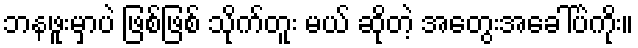
ဘနဖူးမှာပဲ ဖြစ်ဖြစ် သိုက်တူး မယ် ဆိုတဲ့ အတွေးအခေါ်ပဲကိုး။